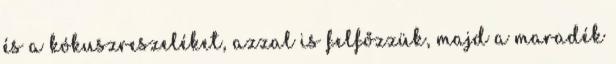
és a kókuszreszeléket, azzal is felfőzzük, majd a maradék